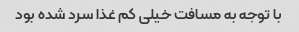
با توجه به مسافت خیلی کم غذا سرد شده بود